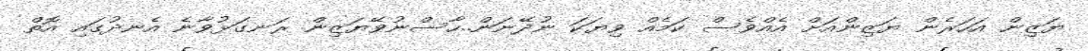
ޔަޒިން އަހަރެން ޔަޒިންއަށް އެއްވެސް ކަމެއް ވިޔަކަ ނުދޭނަން..ހާސްނުވޭޔަޒިން ރަނގަޅުވާނެ އެނދުގައި އޮތް